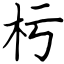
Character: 杇